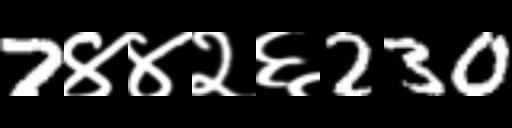
Text: 7४४२६230